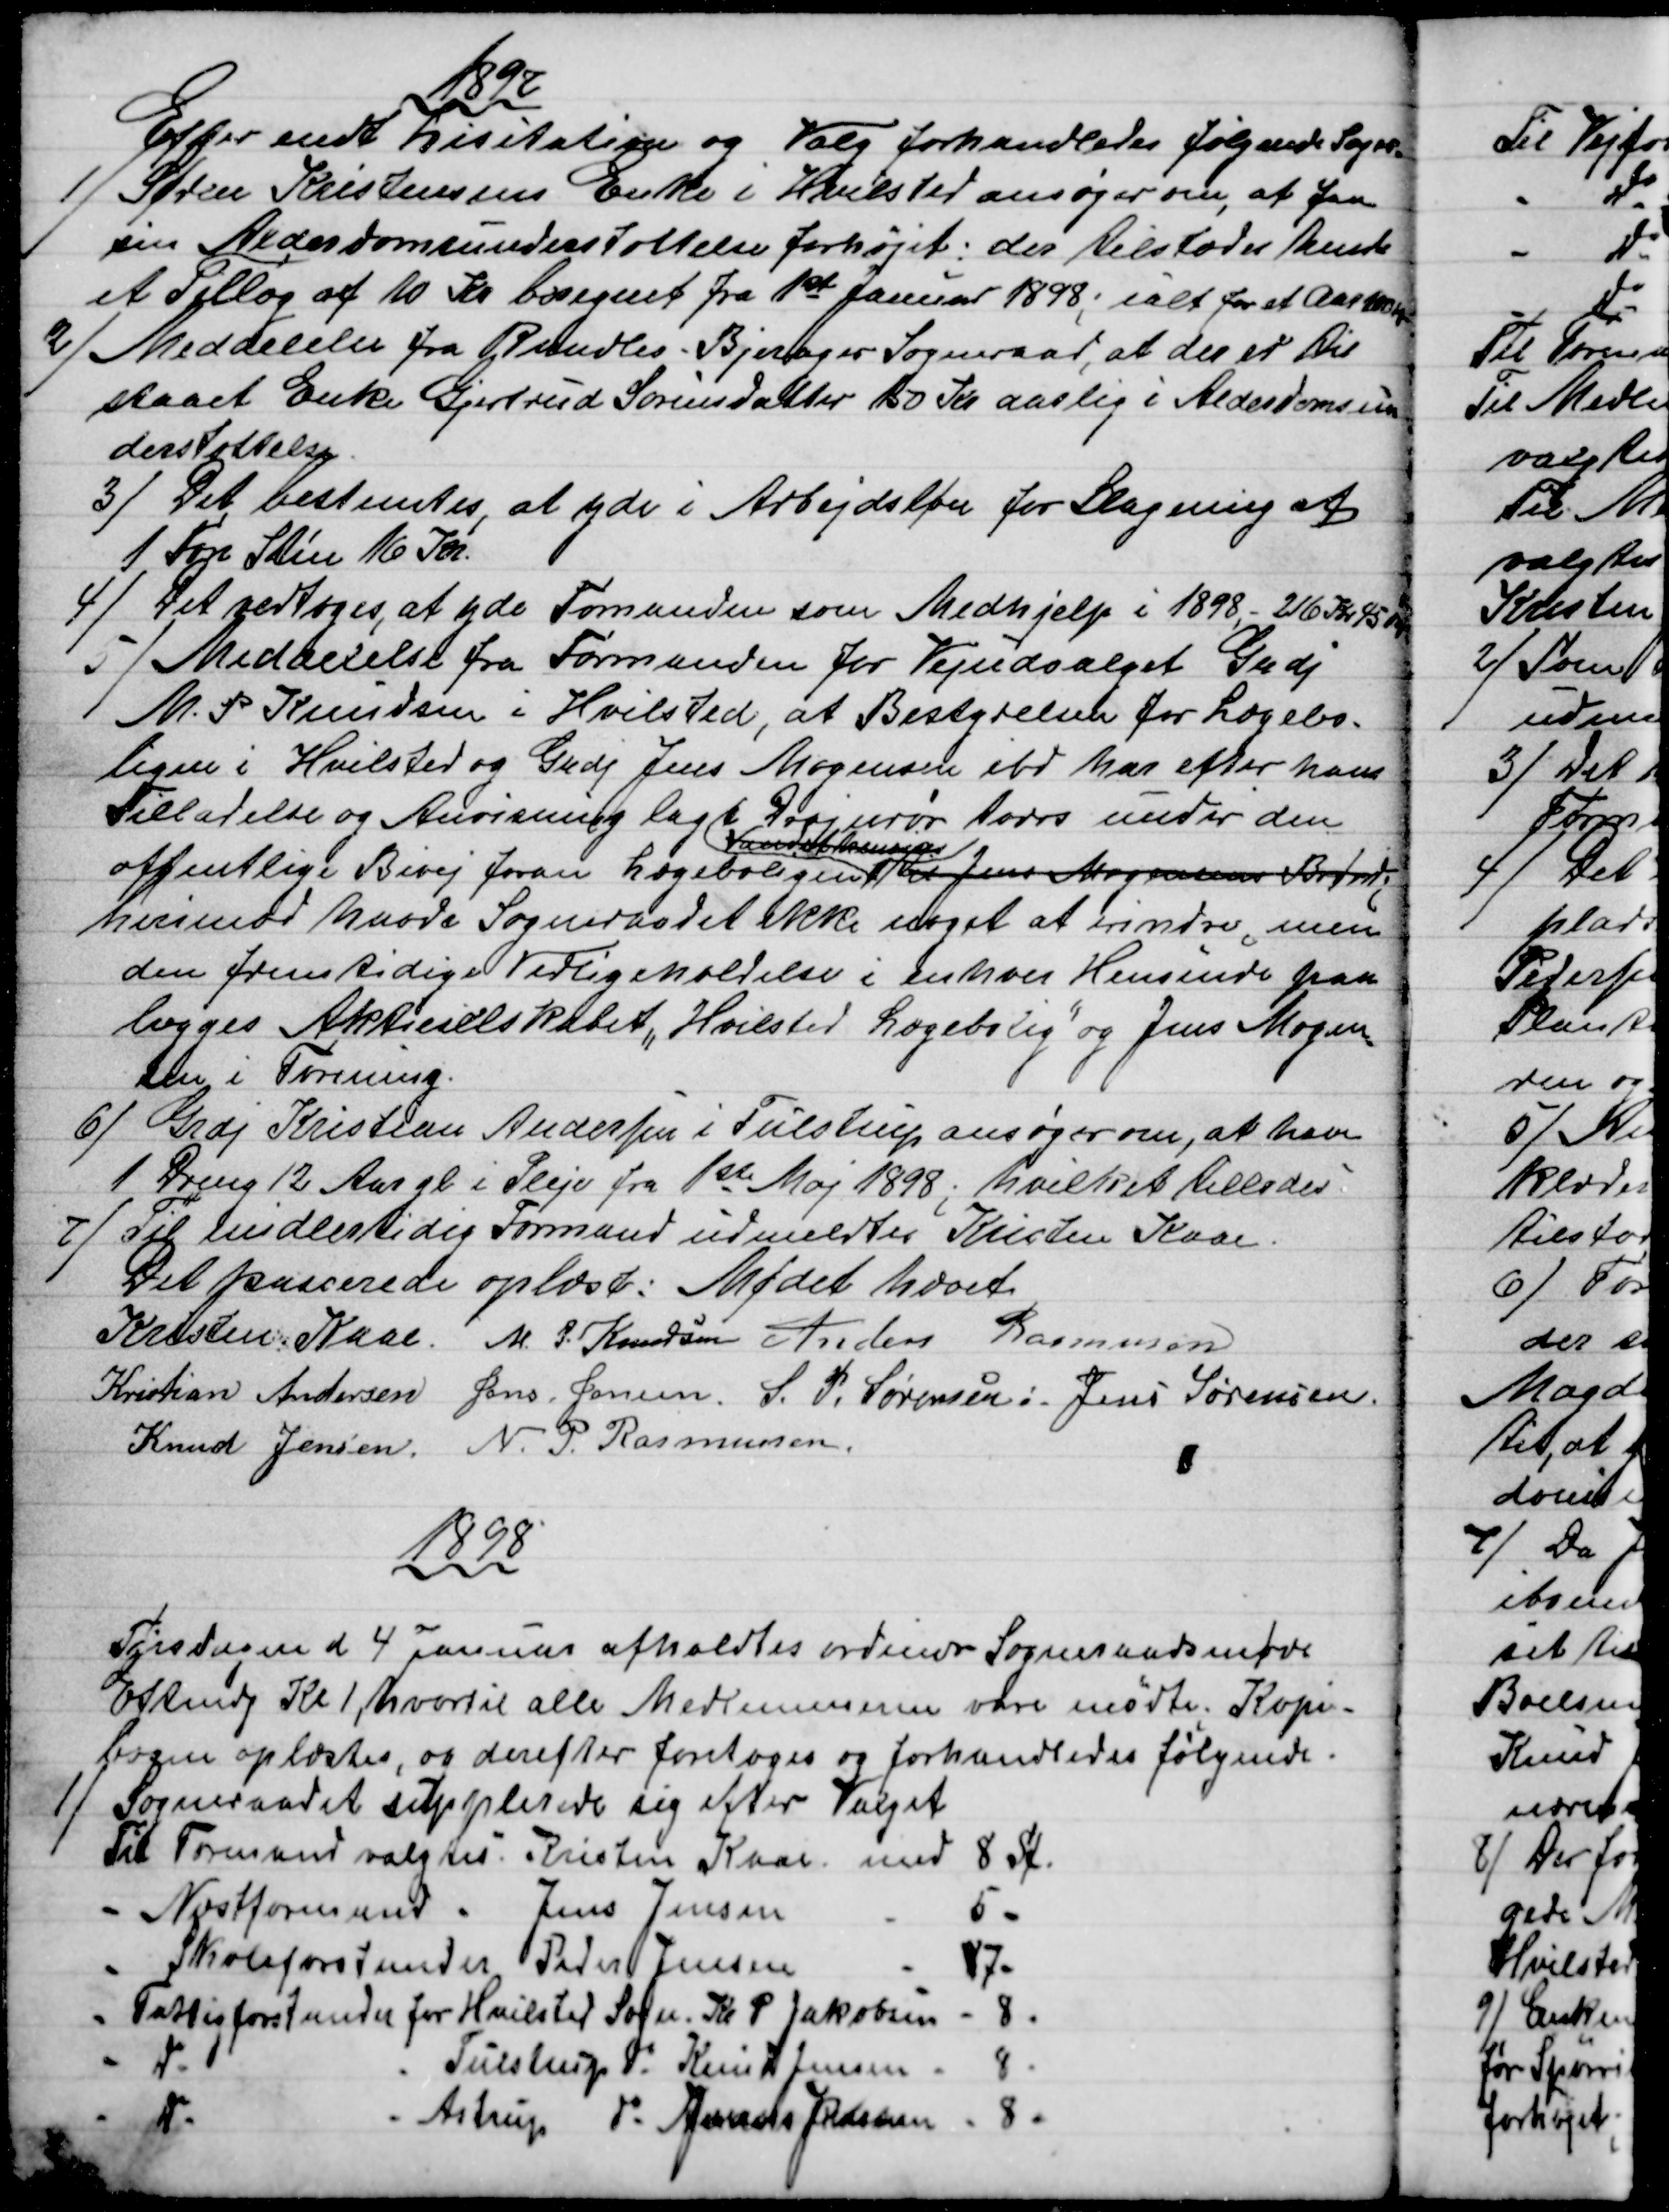
Transskription:
1897
Efter endt Lisitation og Valg forhandledes følgende Sager.
1)
Søren Kristensens Enke i Hvilsted ansøger om, at faa
sin Alderdomsunderstøttelse forhøjet: der tilstodes hende
et Tillæg af 10 Kr beregnet fra 1st Januar 1898, ialt for et Aar 100 Kr
2)
Meddelelse fra Randlev - Bjerager Sogneraad, at der er til
staaet Enke Gjertrud Sørensdatter 150 Kr aarlig i Alderdomsun
derstøttelse.
3) 
Det bestemtes, at yde i Arbejdsløn for Slagning af
1 Fvn Sten 16 Kr.
4)
Det vedtoges, at yde Formanden som Medhjelp i 1898, - 216 Kr. 45 Ør
 5)
 Meddelelse fra Formanden for Vejudvalget Grdj.
M. P. Knudsen i Hvilsted, at Bestyrelsen for Lægebo-
ligen i Hvilsted og Grdj Jens Mogensen ibd har efter hans
Tilladelse og Anvisning lagt Dræjnrør tværs under den
offentlige Bivej foran Lægeboligen 
Vandaf
 til Jens Mogensens Brønd
herimod havde Sogneraadet ikke noget at erindre, men
den fremtidige Vedligeholdelse i enhver Hensinde paa-
lægges Aktieselskabet "Hvilsted Lægebolig" og Jens Mogen
=
sen i Forening.
6) 
Grdj Kristian Andersen i Tulstrup ansøger om, at have
1 Dreng 12 Aar gl i Pleje fra 1ste Maj 1898; hvilket tillodes.
7)
Til midlertidig Formand udmeldtes Kristen Kaae.
Det passerede oplæst: Mødet hævet
Kristen Kaae.  M. P. Knudsen  Anders Rasmussen
Kristian Andersen  Jens Jensen,  S. P. Sørensen  Jens Sørensen
Knud Jensen, N. P. Rasmussen
1898
Tirsdagen d 4 Januar afholdtes ordinær Sogneraadsmøde
Eftmdg Kl. 1, hvortil alle Medlemmerne vare mødte. Kopi-
bogen oplæstes, og derefter foretoges og forhandledes følgende.
1) 
Sogneraadet supplerede sig efter Valget
Til Formand valgtes Kristen Kaae med 8 St.
- Næstformand Jens Jensen 
5 -
- Skoleforstander Peder Jensen 
7 -
- Fattigforstander for Hvilsted Sogn. Kr P Jakobsen 
8 -
Do 
Tulstrup do Knud Jensen
8 -
Do
Astrup do  Jens Jensen  
8 -